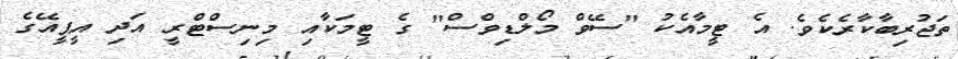
ތަޖުރިބާކާރެކެވެ. އެ ޓީމާއެކު "ސޭވް މޯލްޑިވްސް" ގެ ޓީމަކާއި މިނިސްޓްރީ އަދި އީޕީއޭގެ